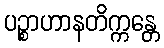
ပဉ္စာဟာနတိက္ကန္တေ